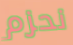
نحزم